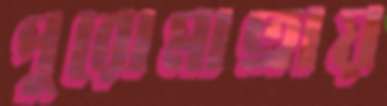
পুরোমাত্রায়